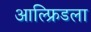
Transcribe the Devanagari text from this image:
आल्फ्रिडला